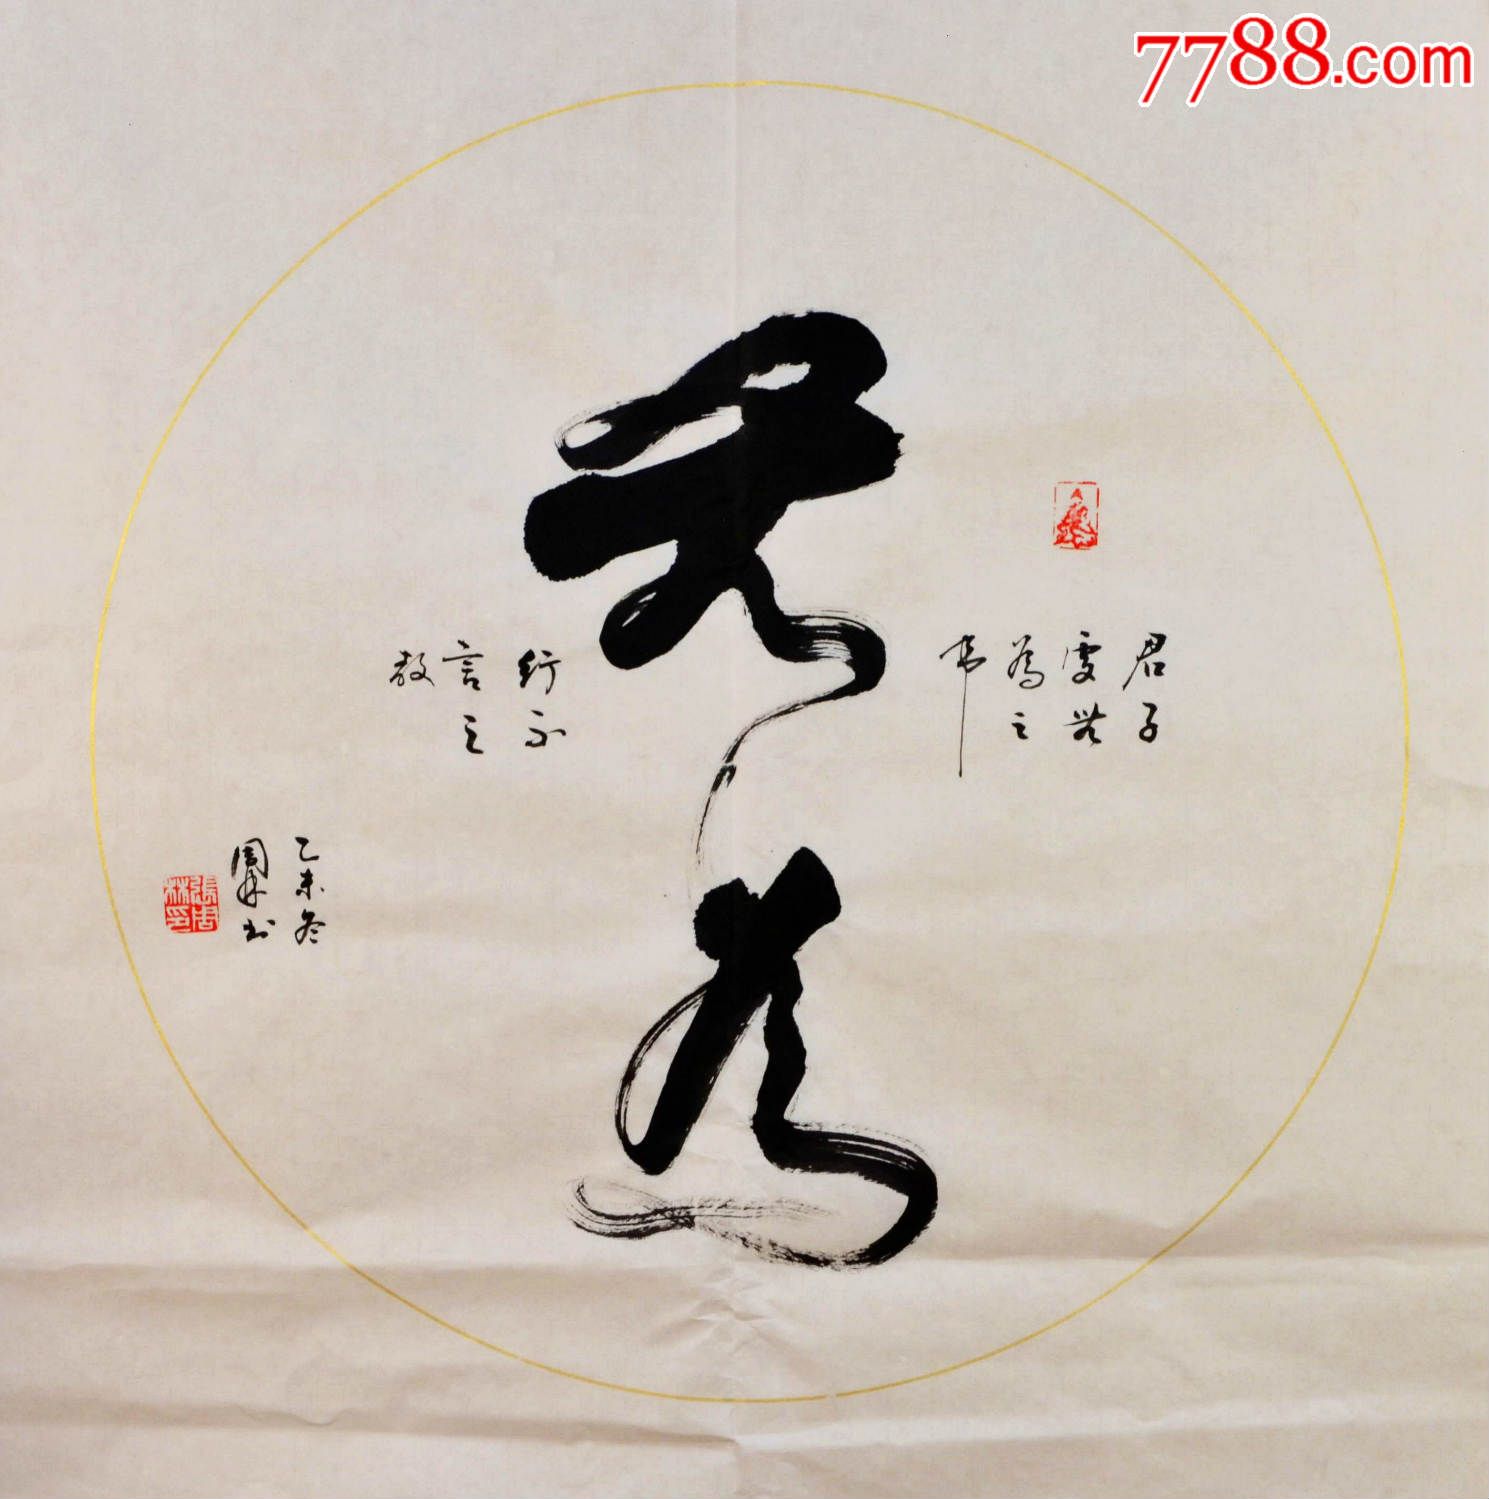
无为其所不为，无欲其所不欲。